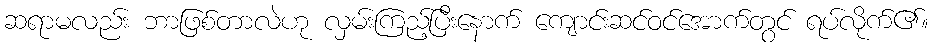
ဆရာမလည်း ဘာဖြစ်တာလဲဟု လှမ်းကြည့်ပြီးနောက် ကျောင်းဆင်ဝင်အောက်တွင် ရပ်လိုက်၏။